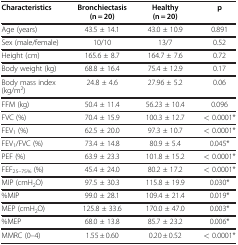
<table><thead><tr><td><b>Characteristics</b></td><td><b>Bronchiectasis (n = 20)</b></td><td><b>Healthy (n = 20)</b></td><td><b>p</b></td></tr></thead><tbody><tr><td>Age (years)</td><td>43.5 ± 14.1</td><td>43.0 ± 10.9</td><td>0.891</td></tr><tr><td>Sex (male/female)</td><td>10/10</td><td>13/7</td><td>0.52</td></tr><tr><td>Height (cm)</td><td>165.6 ± 8.7</td><td>164.7 ± 7.6</td><td>0.72</td></tr><tr><td>Body weight (kg)</td><td>68.8 ± 16.4</td><td>75.4 ± 12.9</td><td>0.17</td></tr><tr><td>Body mass index (kg/m<sup>2</sup>)</td><td>24.8 ± 4.6</td><td>27.96 ± 5.2</td><td>0.06</td></tr><tr><td>FFM (kg)</td><td>50.4 ± 11.4</td><td>56.23 ± 10.4</td><td>0.096</td></tr><tr><td>FVC (%)</td><td>70.4 ± 15.9</td><td>100.3 ± 12.7</td><td>&lt; 0.0001*</td></tr><tr><td>FEV<sub>1</sub> (%)</td><td>62.5 ± 20.0</td><td>97.3 ± 10.7</td><td>&lt; 0.0001*</td></tr><tr><td>FEV<sub>1</sub>/FVC (%)</td><td>73.4 ± 14.8</td><td>80.9 ± 5.4</td><td>0.045*</td></tr><tr><td>PEF (%)</td><td>63.9 ± 23.3</td><td>101.8 ± 15.2</td><td>&lt; 0.0001*</td></tr><tr><td>FEF<sub>25–75%</sub> (%)</td><td>45.4 ± 24.0</td><td>80.2 ± 17.2</td><td>&lt; 0.0001*</td></tr><tr><td>MIP (cmH<sub>2</sub>O)</td><td>97.5 ± 30.3</td><td>115.8 ± 19.9</td><td>0.030*</td></tr><tr><td>%MIP</td><td>99.0 ± 28.1</td><td>109.4 ± 21.4</td><td>0.019*</td></tr><tr><td>MEP (cmH<sub>2</sub>O)</td><td>125.8 ± 33.6</td><td>170.0 ± 47.0</td><td>0.003*</td></tr><tr><td>%MEP</td><td>68.0 ± 13.8</td><td>85.7 ± 23.2</td><td>0.006*</td></tr><tr><td>MMRC (0–4)</td><td>1.55 ± 0.60</td><td>0.20 ± 0.52</td><td>&lt; 0.0001*</td></tr></tbody></table>